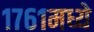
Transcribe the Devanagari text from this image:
१७६१मध्ये